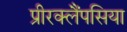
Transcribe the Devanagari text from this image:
प्रीरक्लैंपसिया